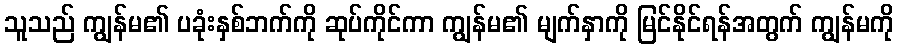
သူသည် ကျွန်မ၏ ပခုံးနှစ်ဘက်ကို ဆုပ်ကိုင်ကာ ကျွန်မ၏ မျက်နှာကို မြင်နိုင်ရန်အတွက် ကျွန်မကို